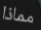
مماذا